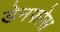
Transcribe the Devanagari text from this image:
डेनफोस